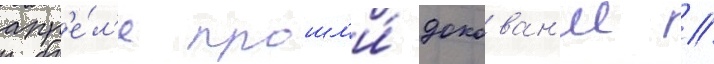
апр'е́л'е прошл'и́ докован'ие //